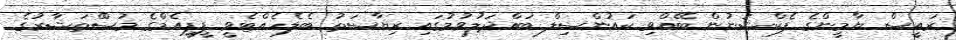
ރައީސް ޔާމީންގެ ފެކްޝަނުން ބޭއްވި ކައުންސިލް ބައްދަލުވުމުގައި ރިޔާސަތު ބެލެހެއްޓެވީ ޕީޕީއެމްގެ މުސްްތަޝާރުގެ